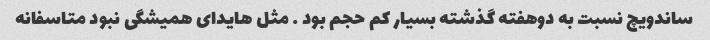
ساندویچ نسبت به دوهفته گذشته بسیار کم حجم بود … مثل هایدای همیشگی نبود متاسفانه